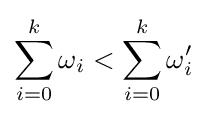
\sum _{i=0}^{k}\omega _{i}<\sum _{i=0}^{k}\omega '_{i}